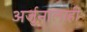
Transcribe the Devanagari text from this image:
अर्जुनालाही